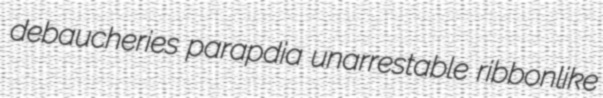
debaucheries parapdia unarrestable ribbonlike